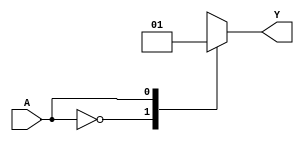
module single_variable_kmap (
    input wire A,       // 1-bit input
    output reg Y       // 1-bit output
);

// Define the K-map output values for A = 0 and A = 1
parameter Y0 = 0; // Output when A = 0
parameter Y1 = 1; // Output when A = 1

always @(*) begin
    case (A)
        1'b0: Y = Y0;  // When A is 0, output Y0
        1'b1: Y = Y1;  // When A is 1, output Y1
        default: Y = 1'bx; // Undefined state (should not occur in a single variable case)
    endcase
end

endmodule